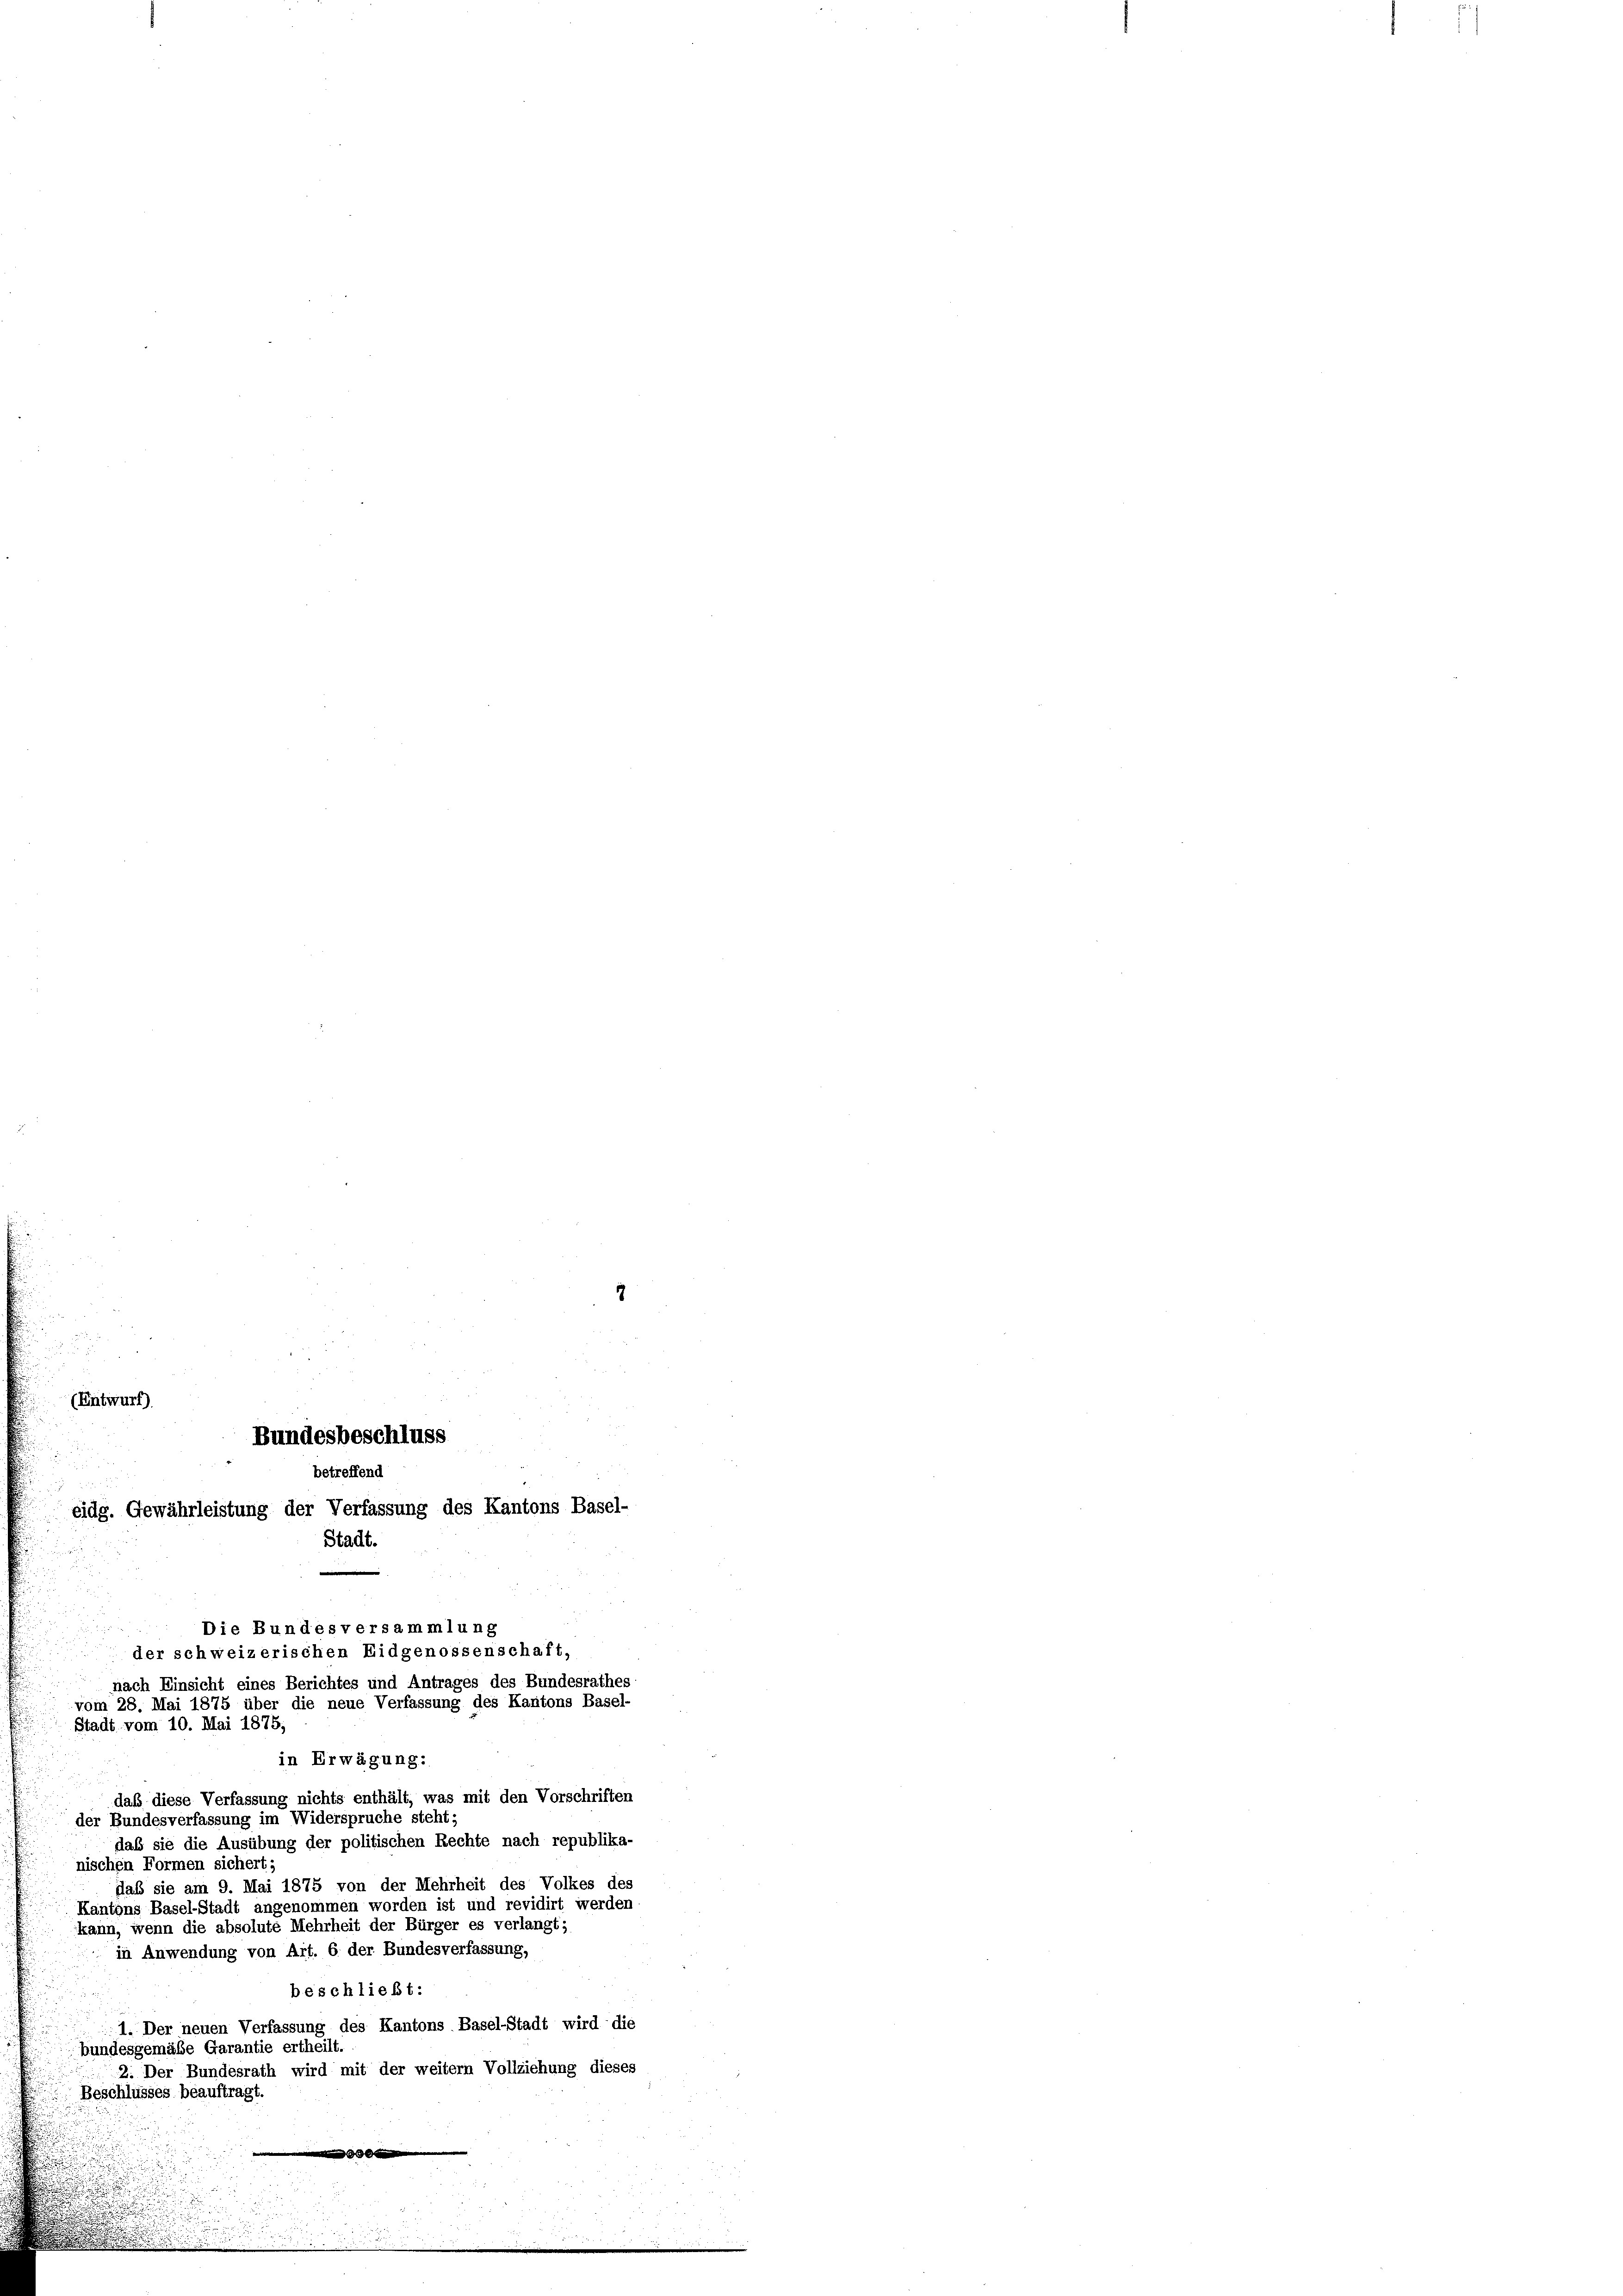
(Entwurf).
Bundesbeschluss
betreffend
eidg. Gewährleistung der Verfassung des Kantons Basel-
Stadt.

Die Bundesversammlung
der schweizerischen Eidgenossenschaft,
nach Einsicht eines Berichtes und Antrages des Bundesrathes
vom 28. Mai 1875 über die neue Verfassung des Kantons Basel-
Stadt vom 10. Mai 1875,
in Erwägung:
daß diese Verfassung nichts enthält, was mit den Vorschriften
der Bundesverfassung im Widerspruche steht;
daß sie die Ausübung der politischen Rechte nach republika-
nischen Formen sichert;
daß sie am 9. Mai 1875 von der Mehrheit des Volkes des
Kantons Basel-Stadt angenommen worden ist und revidirt werden
kann, wenn die absolute Mehrheit der Bürger es verlangt;
in Anwendung von Art. 6. der Bundesverfassung,
beschließt:
1. Der neuen Verfassung des Kantons Basel-Stadt wird die
bundesgemäße Garantie ertheilt.
2. Der Bundesrath wird mit der weitern Vollziehung dieses
Beschlusses beauftragt